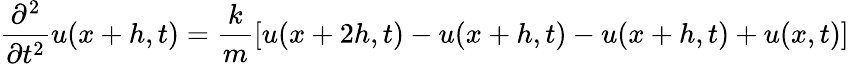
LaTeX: {\frac{\partial^{2}}{\partial t^{2}}}u(x+h,t)={\frac{k}{m}}[u(x+2h,t)-u(x+h,t)-u(x+h,t)+u(x,t)]